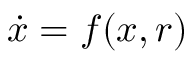
{ \dot { x } } = f ( x , r )